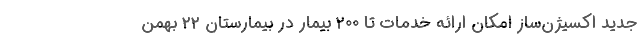
جدید اکسیژن‌ساز امکان ارائه خدمات تا ۲۰۰ بیمار در بیمارستان ۲۲ بهمن